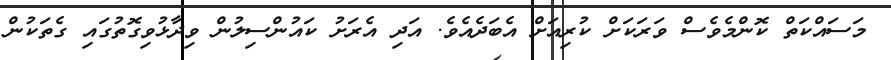
މަސައްކަތް ކޮންމެވެސް ވަރަކަށް ކުރިއަށް އެބަދެއެވެ. އަދި އެރަށު ކައުންސިލުން ވިދާޅުވިގޮތުގައި ގެތަކުން